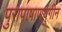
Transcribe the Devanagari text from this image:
पुरापाषाणयुगीन